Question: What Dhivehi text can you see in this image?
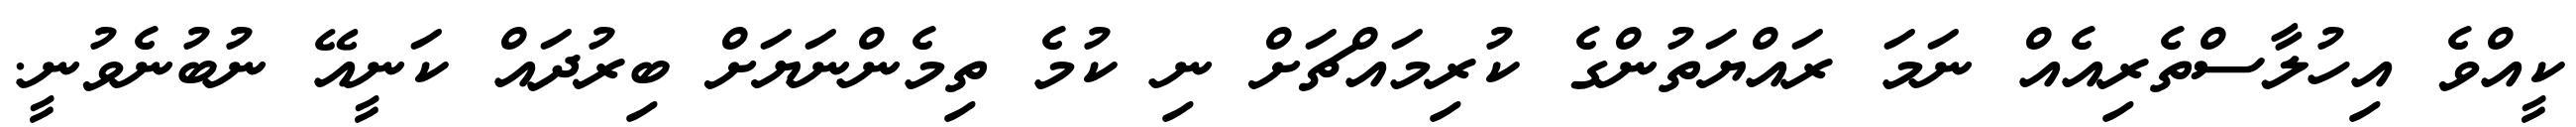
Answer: ކީއްވެ އިހުލާސްތެރިއެއް ނަމަ ރައްޔަތުންގެ ކުރިމައްޗަށް ނި ކުމެ ތިމެންނަޔަށް ބިރުދައް ކަނީއޭ ނުބުނެވުނީ.